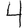
Digit: 4